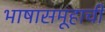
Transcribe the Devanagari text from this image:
भाषासमूहाची